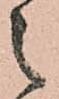
之